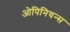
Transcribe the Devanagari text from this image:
ओपिनियन्स